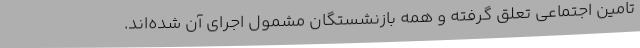
تامین اجتماعی تعلق گرفته و همه بازنشستگان مشمول اجرای آن شده‌اند.